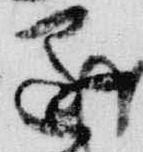
還